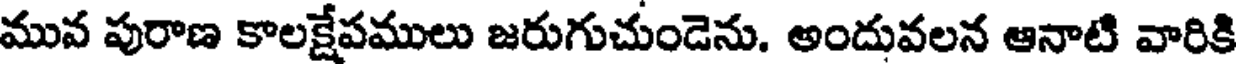
మువ పురాణ కాలక్షేపములు జరుగుచుండెను. అందువలన ఆనాటి వారికి